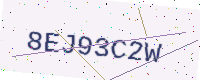
Text: 8EJ93C2W